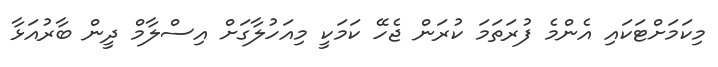
މިކަމަށްޓަކައި އެންމެ ފުރަތަމަ ކުރަން ޖެހޭ ކަމަކީ މިއަހުލާގަށް އިސްލާމް ދީން ބާރުއަޅާ